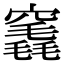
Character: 竁